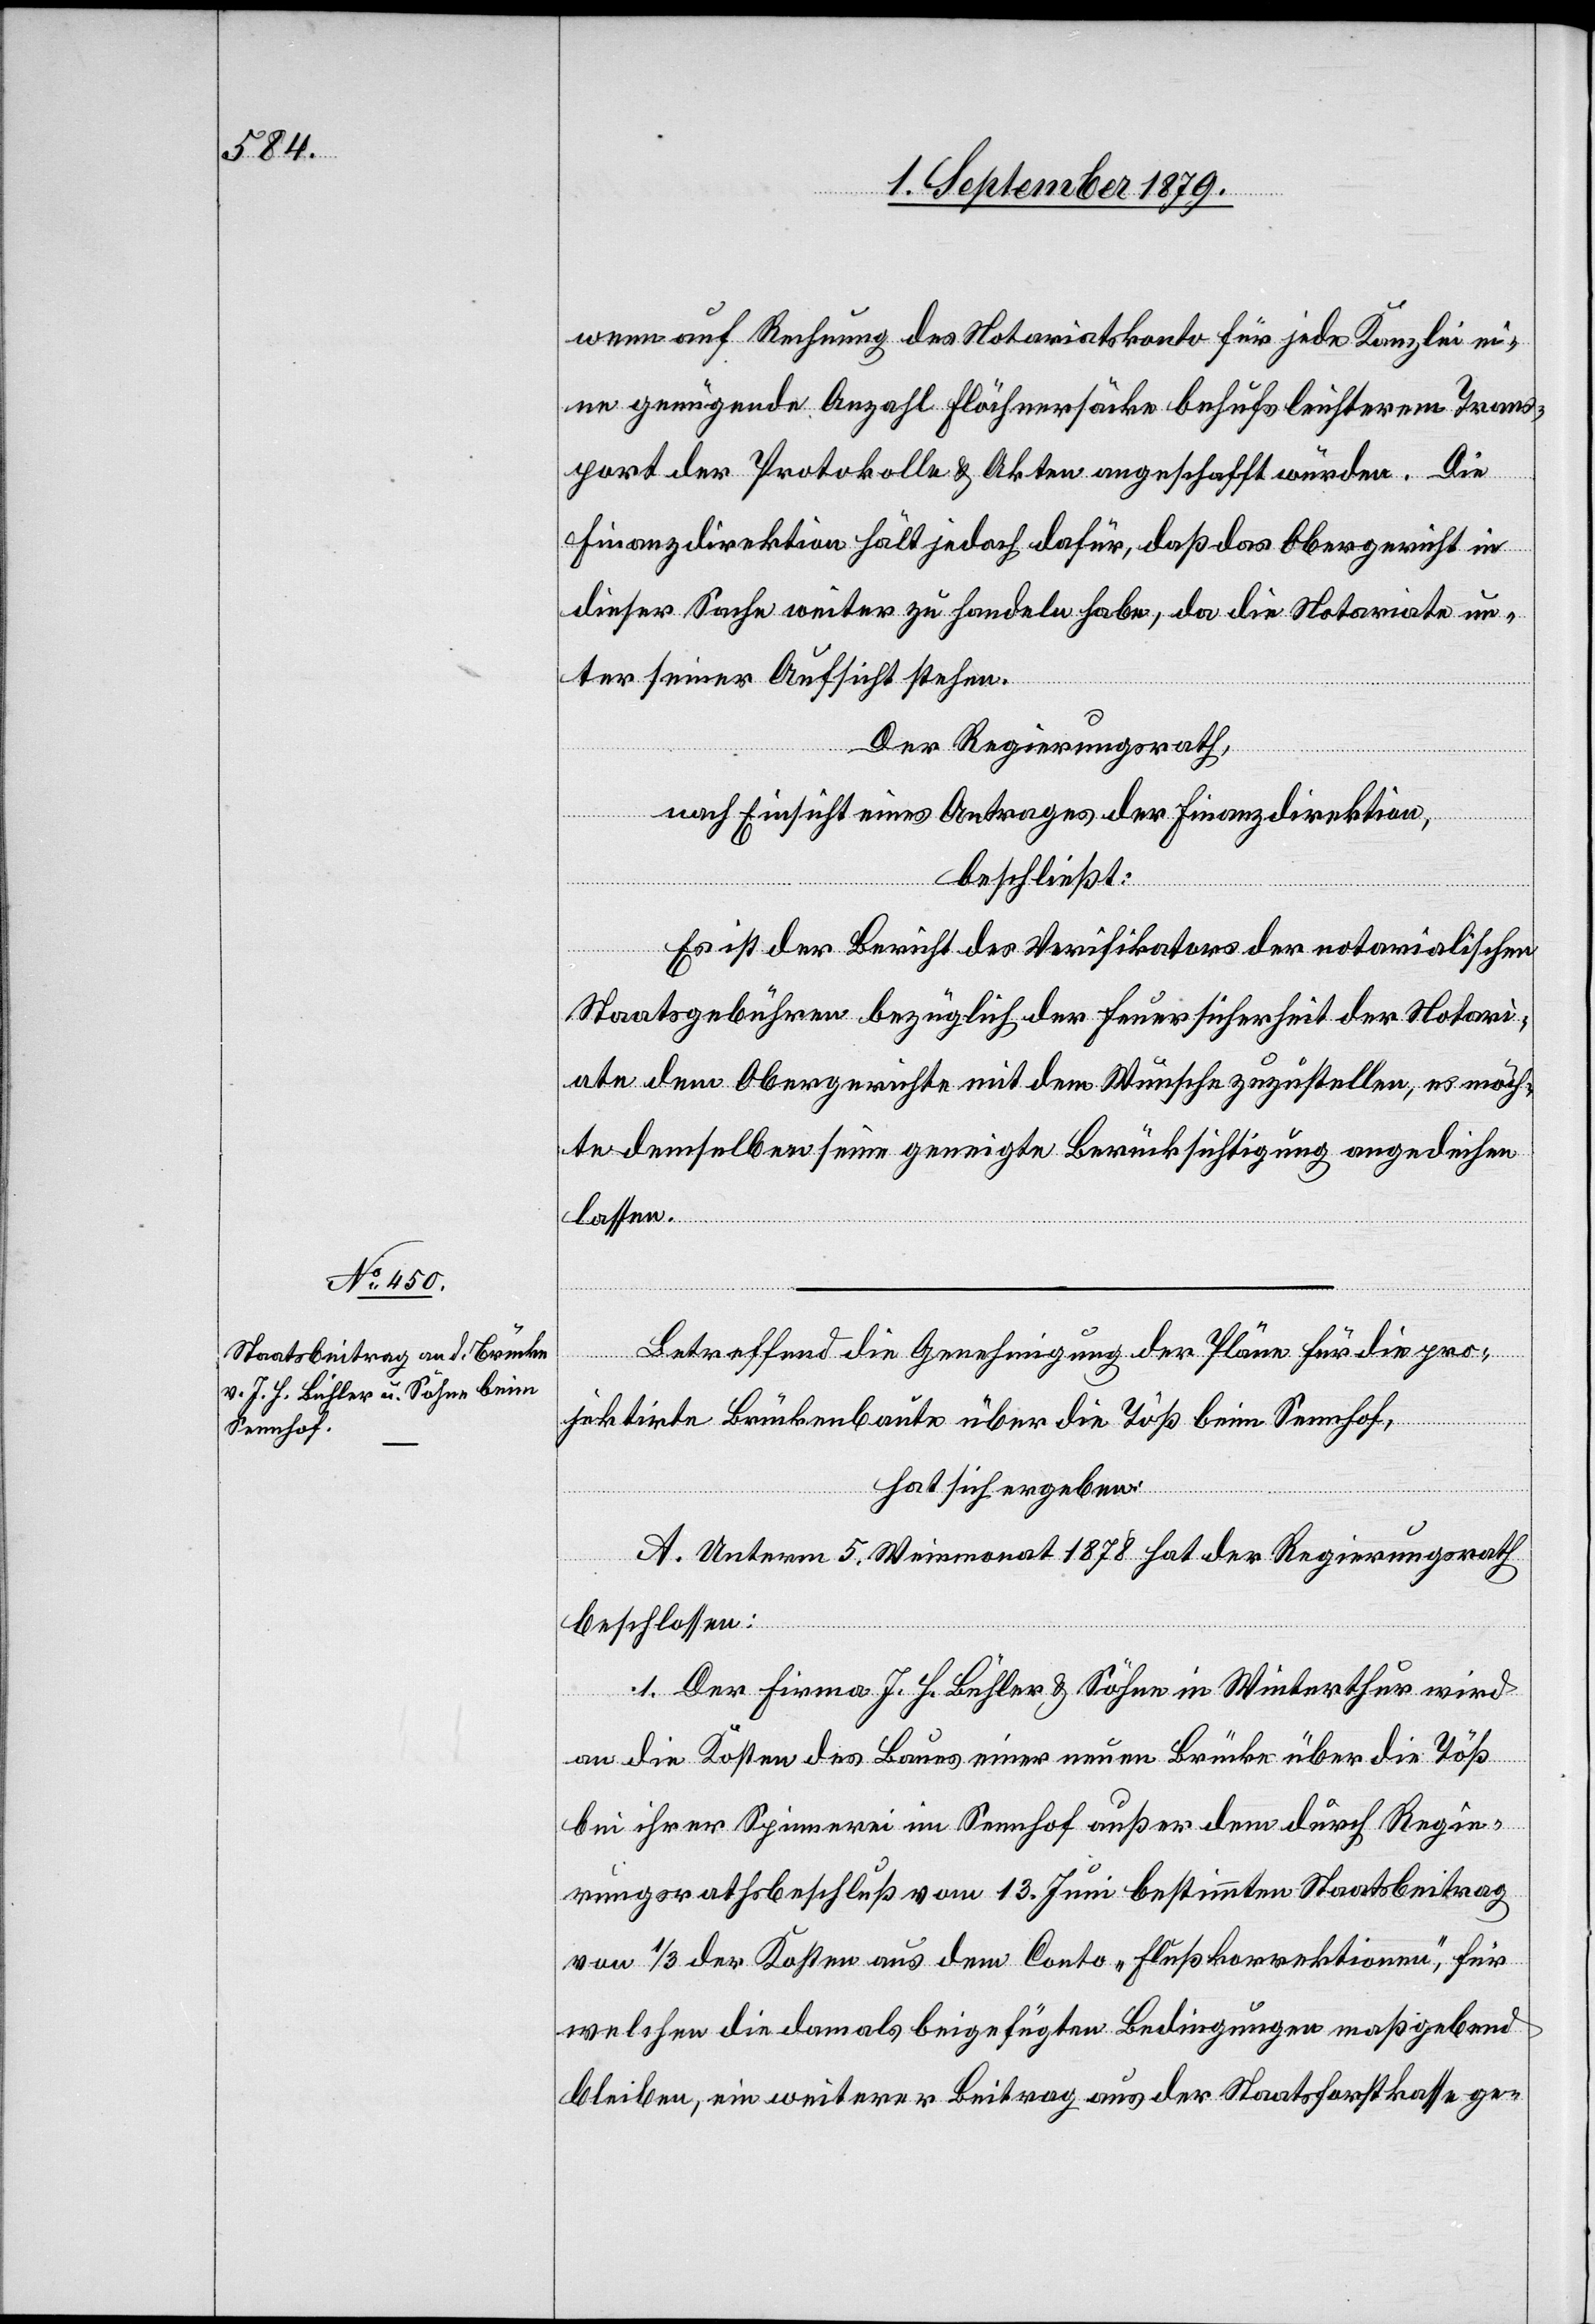
wenn auf Rechnung des Notariatskonto für jede Kanzlei ei¬
ne genügende Anzahl Flöchnersäcke behufs leichterem Trans¬
port der Protokolle & Akten angeschafft würde. Die
Finanzdirektion hält jedoch dafür, daß das Obergericht in
dieser Sache weiter zu handeln habe, da die Notariate un¬
ter seiner Aufsicht stehen.
Der Regierungsrath,
nach Einsicht eines Antrages der Finanzdirektion,
beschließt:
Es ist der Bericht des Verifikators der notarialischen
Staatsgebühren bezüglich der Feuersicherheit der Notari¬
ate dem Obergerichte mit dem Wunsche zuzustellen, es möch¬
te demselben für seine geneigte Berücksichtigung angedeihen
lassen.
Betreffend die Genehmigung der Pläne für die pro¬
jektirte Brückenbaute über die Töß beim Sennhof,
hat sich ergeben:
A. Unterm 5. Wintermonat 1878 hat der Regierungsrath
beschlossen:
1. Der Firma J. H. Bühler & Söhne in Winterthur wird
an die Kosten des Baues einer neuen Brücke über die Töß
bei ihrer Spinnerei im Sennhof außer dem durch Regie¬
rungsrathsbeschluß vom 13. Juni bestimmten Staatsbeitrag
von 1/3 der Kosten aus dem Conto „Flußkorrektionen“, für
welchen die damals beigefügten Bedingungen maßgebend
bleiben, ein weiterer Beitrag aus der Staatsforstkasse ge-